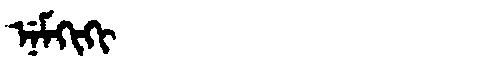
Manchu: ᠨᡝᠮᡴᡳᡴᡳ
Romanization: NEMKIKI